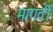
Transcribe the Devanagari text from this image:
भागतीं